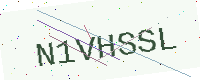
Text: N1VHSSL